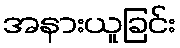
အနားယူခြင်း